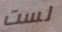
لست